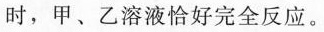
时，甲、乙溶液恰好完全反应。